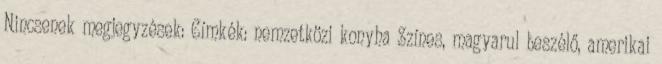
Nincsenek megjegyzések: Címkék: nemzetközi konyha Színes, magyarul beszélő, amerikai